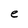
Character: e